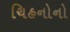
ચિહનોનો